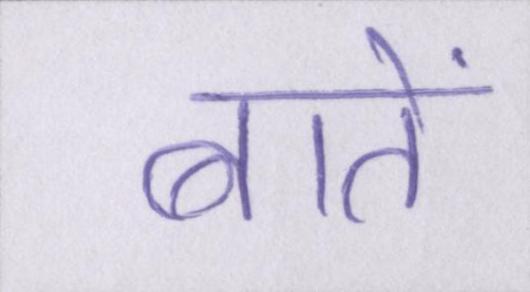
बातें